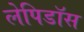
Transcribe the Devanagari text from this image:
लेपिडॉस